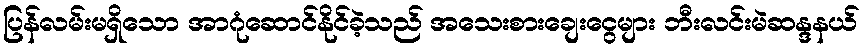
ပြန်လမ်းမရှိသော အာဂုံဆောင်နိုင်ခဲ့သည် အသေးစားချေးငွေများ ဘီးလင်းမဲဆန္ဒနယ်